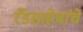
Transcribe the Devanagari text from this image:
रँडसाहेबांचे